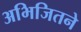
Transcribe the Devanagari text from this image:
अभिजितने